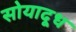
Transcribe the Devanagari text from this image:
सोयादूध